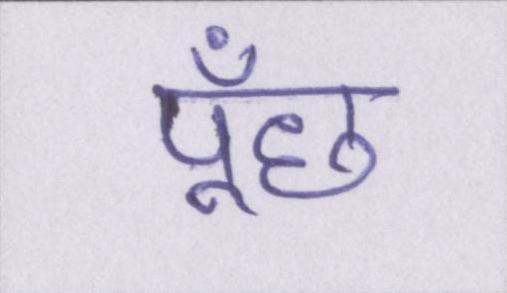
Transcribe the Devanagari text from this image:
पूँछ